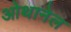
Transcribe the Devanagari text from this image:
ओथानेल